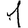
Digit: 1